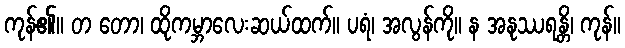
ကုန်၏။ တ တော၊ ထိုကမ္ဘာလေးဆယ်ထက်။ ပရံ၊ အလွန်ကို။ န အနုဿရန္တိ၊ ကုန်။